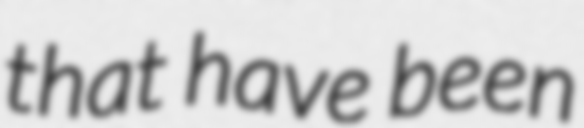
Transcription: that have been